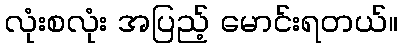
လုံးစလုံး အပြည့် မောင်းရတယ်။